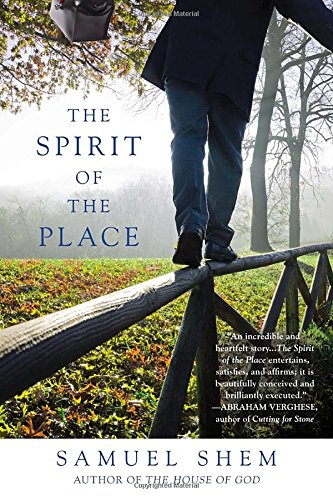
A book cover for The Spirit of the Place; Samuel Shem; Mystery, Thriller & Suspense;